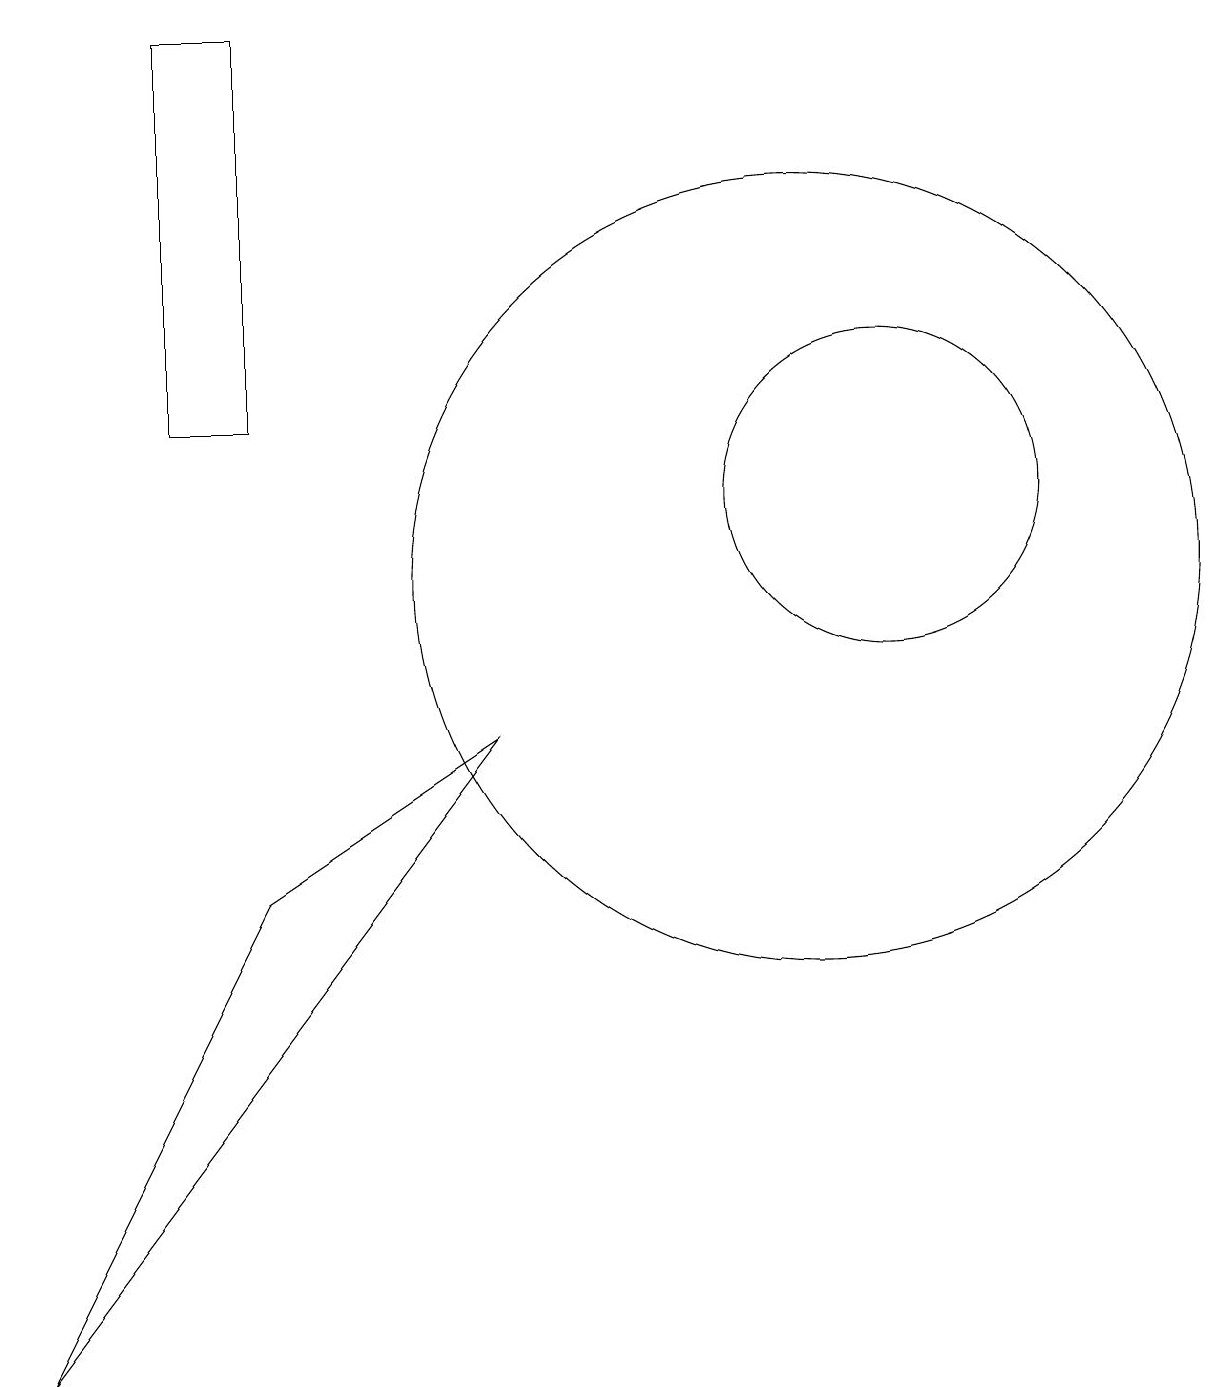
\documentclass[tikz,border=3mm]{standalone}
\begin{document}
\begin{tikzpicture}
\draw (6,8) -- (3,6) -- (0,0) -- cycle;
\draw (3,12) rectangle (2,17);
\draw (11,11) circle (2);
\draw (10,10) circle (5);
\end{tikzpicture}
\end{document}